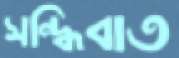
সন্ধিবাত